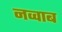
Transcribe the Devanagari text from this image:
नव्वाब